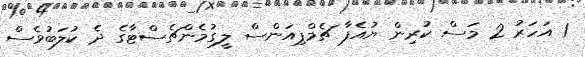
1 އަހަރު 2 މަސް ކުރިން ޔުއެފާ ޗެމްޕިއަންސް ލީގުމެންޗެސްޓާގެ ދެ ކުލަބުވެސް